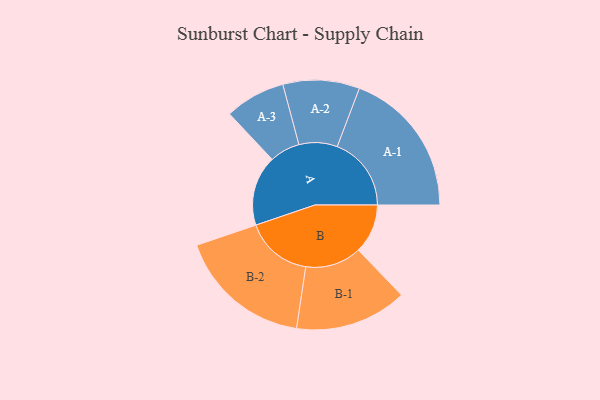
{"axis": {"x": "Segment", "y": "Value"}, "legend": ["", "A", "B"], "data": [{"x": "A", "y": 253, "type": ""}, {"x": "B", "y": 178, "type": ""}, {"x": "A-1", "y": 267, "type": "A"}, {"x": "A-2", "y": 138, "type": "A"}, {"x": "A-3", "y": 109, "type": "A"}, {"x": "B-1", "y": 202, "type": "B"}, {"x": "B-2", "y": 242, "type": "B"}]}